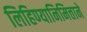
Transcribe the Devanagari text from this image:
लिहिण्यानिमित्ताने